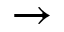
\rightarrow